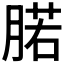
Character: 𰮷